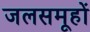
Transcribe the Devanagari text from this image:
जलसमूहों